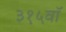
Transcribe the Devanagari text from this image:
३१५वॉ